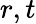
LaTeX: r,t